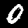
Label: 0